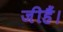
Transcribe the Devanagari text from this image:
जीहैं।